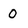
Character: 0